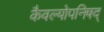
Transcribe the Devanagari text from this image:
कैवल्योपनिषद्